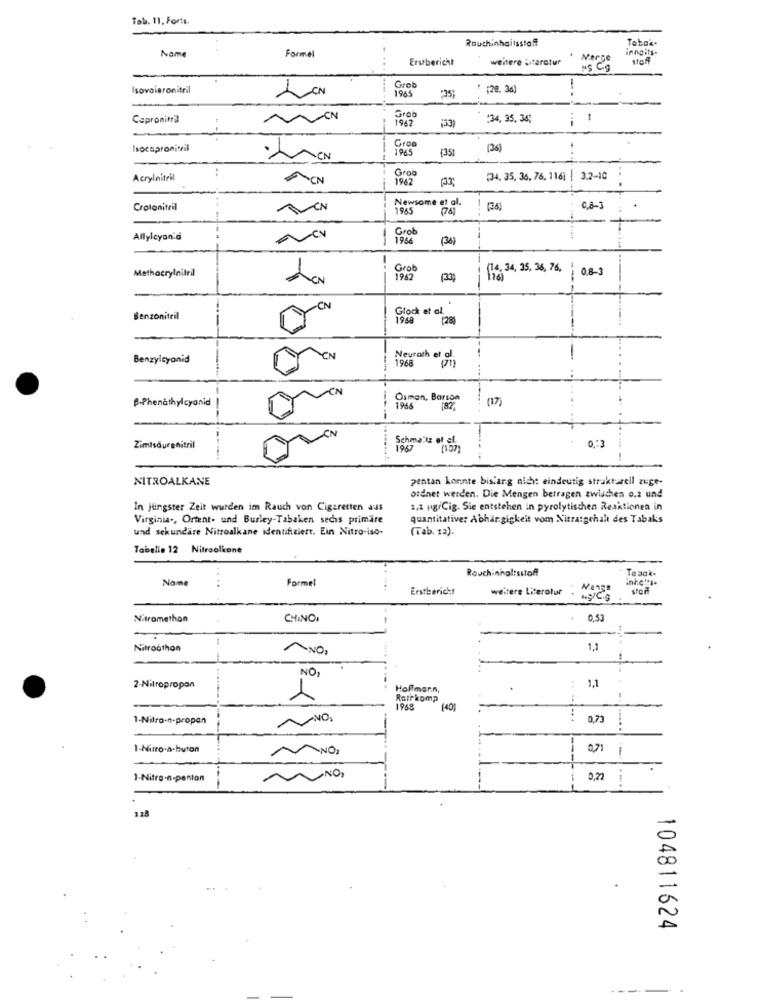
Tab. 11. Forts.
Rauchinhaltsstoff
Totak.
Name
Formel
inngits.
Erstbericht
weitere Litarotur
Merge
Isovaiaronitril
LCN
Grob
1965
35
(28. 36)
-.
Cepronitril
1962
Grob
153
:34, 35, 34)
hocapronitil
Gro
1945
(35
(36)
:
Acrylnitril
Grob
1962
(34, 35, 36, 76, 116) | 3.2-10
Newsome et al.
Croloniteil
1965
(76)
(36)
7
Grob
Allylcyan'd
1966
(36)
Methacrylnitril
Grob
(14. 34, 35, 34, 76,
0.8-3
(33)
-EN
Glock et al.
Benzoniteil
1968
(28
Benzylcyanid
EN
1968
Neurath et St
P-Phenathylcyanid
Osman, Barson
(1)
--
0,13
Zimtsäurenitril
Schmaltz of ef.
1957
NITROALKANE
pentan konnte bisiarg nicht eindeutig strukturell zuge-
ordnet werden. Die Mengen betragen zwischen 0.2 und
In jüngster Zeit wurden im Rauch von Cigaretten aus
a,1 ug/Cig. Sie entstehen in pyrolytischen Reaktionen in
Virginia -, Ortent- und Burley-Tabaken sechs primäre
quantitativer Abhängigkeit vom Nitratgehalt des Tabaks
und sekundäre Nitroalkane identifiziert. Ein Nitro-iso-
(Tab. 12).
Tabella 12 Nitroolkene
Rauchinhaltsstof
Taaak.
Name
Formel
....
Erstbericht
weitere Literatur
stor
Nitromethon
CHINO.
0.53
Nitroothon
1.1
--
1
NO,
2-Nitropropan
Hoffmann,
1,1
1
Retrkomp
1968
140
1-Nitro-n-propan
... ...
0,73
.....
1-Nitro-a-buton
071 1
1-Nitro-n-panton
0,22
.-..
118
104811624
----